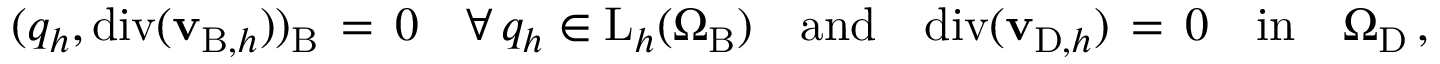
( q _ { h } , \mathrm { d i v } ( { \mathbf { v } } _ { \mathrm { B } , h } ) ) _ { \mathrm { B } } \, = \, 0 \quad \forall \, q _ { h } \in \mathrm { L } _ { h } ( \Omega _ { \mathrm { B } } ) { \quad \mathrm { a n d } \quad } \mathrm { d i v } ( { \mathbf { v } } _ { \mathrm { D } , h } ) \, = \, 0 { \quad \mathrm { i n } \quad } \Omega _ { \mathrm { D } } \, ,